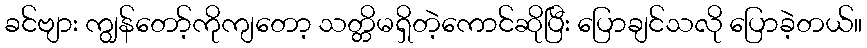
ခင်ဗျား ကျွန်တော့်ကိုကျတော့ သတ္တိမရှိတဲ့ကောင်ဆိုပြီး ပြောချင်သလို ပြောခဲ့တယ်။